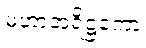
မဟာအရိဋ္ဌကော